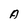
Character: A